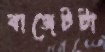
বাজেটটা